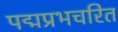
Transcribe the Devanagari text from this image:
पद्मप्रभचरित